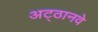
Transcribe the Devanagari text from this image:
अट्‍ठानवे